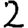
Digit: 2